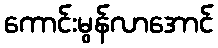
ကောင်းမွန်လာအောင်